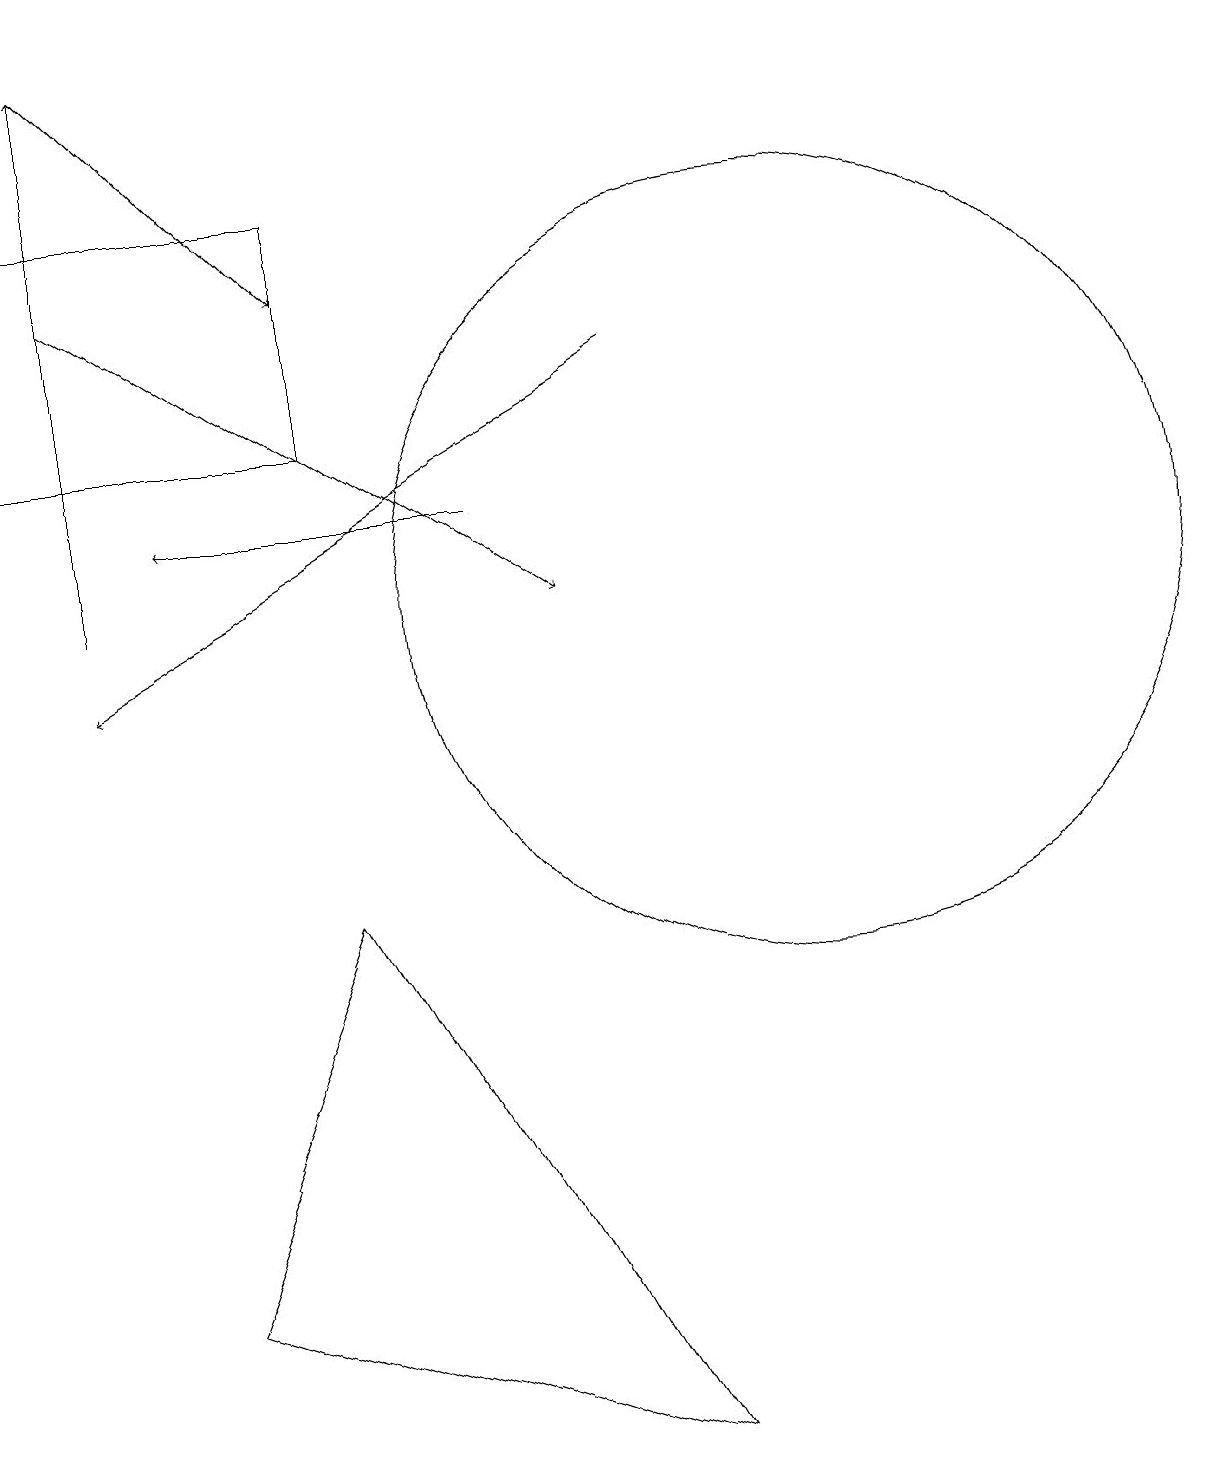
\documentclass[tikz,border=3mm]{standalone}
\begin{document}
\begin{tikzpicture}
\draw (4,16) rectangle (0,13);
\draw[->] (6,12) -- (2,12);
\draw[->] (1,15) -- (7,11);
\draw[->] (8,14) -- (1,10);
\draw (8,0) -- (2,2) -- (4,7) -- cycle;
\draw[->] (1,11) -- (1,18);
\draw (10,11) circle (5);
\draw[->] (1,18) -- (4,15);
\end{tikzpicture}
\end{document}